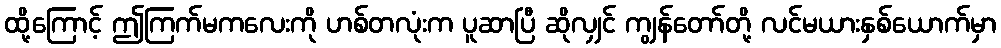
ထို့ကြောင့် ဤကြက်မကလေးကို ဟစ်တလုံးက ပူဆာပြီ ဆိုလျှင် ကျွန်တော်တို့ လင်မယားနှစ်ယောက်မှာ